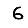
Digit: 6